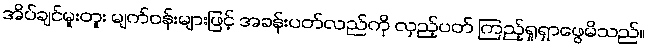
အိပ်ချင်မူးတူး မျက်ဝန်းများဖြင့် အခန်းပတ်လည်ကို လှည့်ပတ် ကြည့်ရှုရှာဖွေမိသည်။